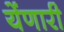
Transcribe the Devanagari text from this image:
येंणारी